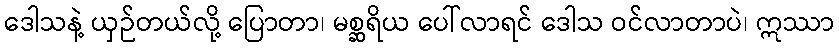
ဒေါသနဲ့ ယှဉ်တယ်လို့ ပြောတာ၊ မစ္ဆရိယ ပေါ်လာရင် ဒေါသ ဝင်လာတာပဲ၊ ဣဿာ